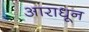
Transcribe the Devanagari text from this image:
आराधून